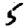
Digit: 5